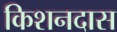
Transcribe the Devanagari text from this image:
किशनदास